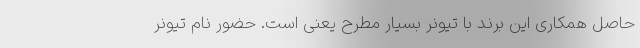
حاصل همکاری این برند با تیونر بسیار مطرح یعنی است. حضور نام تیونر